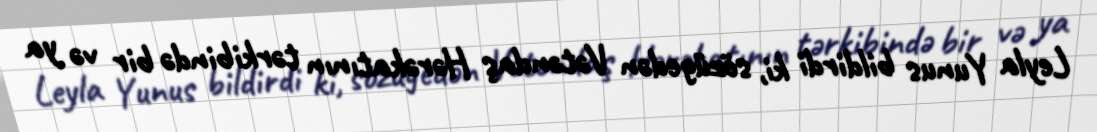
Leyla Yunus bildirdi ki, sözügedən Vətəndaş Hərəkatının tərkibində bir və ya